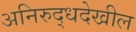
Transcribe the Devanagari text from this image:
अनिरुद्धदेखील